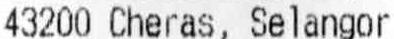
43200 CHERAS, SELANGOR